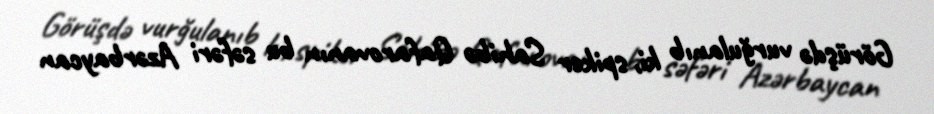
Görüşdə vurğulanıb ki, spiker Sahibə Qafarovanın bu səfəri Azərbaycan